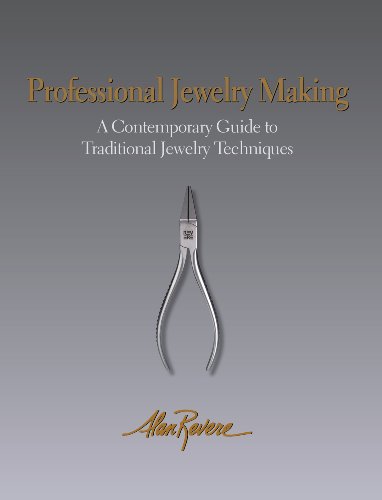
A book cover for Professional Jewelry Making; Alan Revere; Crafts, Hobbies & Home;